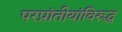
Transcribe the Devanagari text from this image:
परप्रांतीयांविरुद्ध